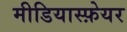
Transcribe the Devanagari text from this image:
मीडियास्फ़ेयर